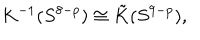
LaTeX: K ^ { - 1 } ( S ^ { 8 - p } ) \cong \tilde { K } ( S ^ { 9 - p } ) ,